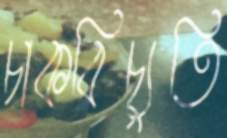
চাকরিচ্যুতি